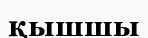
қышшы